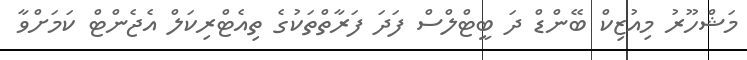
މަޝްހޫރު މިއުޒިކް ބޭންޑް ދަ ބީޓްލްސް ފަދަ ފަރާތްތަކުގެ ތިއެޓްރިކަލް އެޖެންޓް ކަމަށްވާ